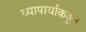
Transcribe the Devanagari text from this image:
व्यापार्यांकडून